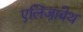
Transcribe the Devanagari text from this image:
एलिजा़बेथ